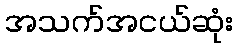
အသက်အငယ်ဆုံး